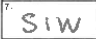
Transcription: SIW